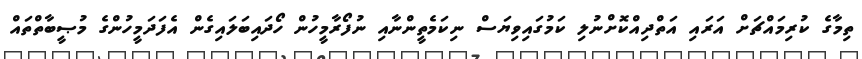
ތިމާގެ ކުރިމައްޗަށް އަރައި އަތްދިއްކޮށްނުލި ކަމުގައިވިޔަސް ނިކަމެތީންނާއި ނުފޯރާމީހުން ހޯދައިބަލައިގެން އެފަދަމީހުންގެ މުޞީބާތްތައް